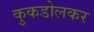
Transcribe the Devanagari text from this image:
कुकडोलकर